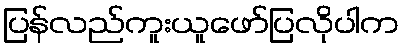
ပြန်လည်ကူးယူဖော်ပြလိုပါက